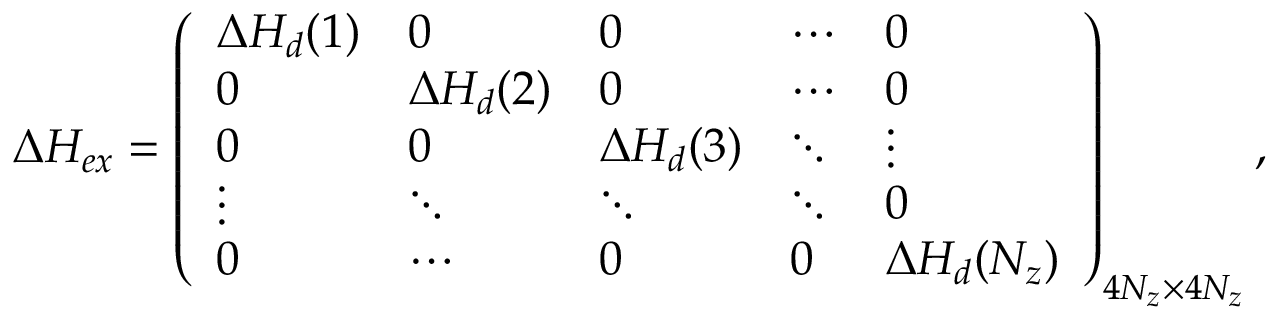
\begin{array} { r } { \Delta { \cal H } _ { e x } = \left( \begin{array} { l l l l l } { \Delta { \cal H } _ { d } ( 1 ) } & { 0 } & { 0 } & { \cdots } & { 0 } \\ { 0 } & { \Delta { \cal H } _ { d } ( 2 ) } & { 0 } & { \cdots } & { 0 } \\ { 0 } & { 0 } & { \Delta { \cal H } _ { d } ( 3 ) } & { \ddots } & { \vdots } \\ { \vdots } & { \ddots } & { \ddots } & { \ddots } & { 0 } \\ { 0 } & { \cdots } & { 0 } & { 0 } & { \Delta { \cal H } _ { d } ( N _ { z } ) } \end{array} \right) _ { 4 N _ { z } \times 4 N _ { z } } , } \end{array}